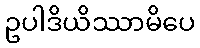
ဥပါဒိယိဿာမိပေ